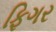
ફિગર